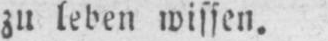
zu leben wissen.